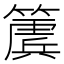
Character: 𮆔